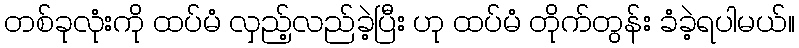
တစ်ခုလုံးကို ထပ်မံ လှည့်လည်ခဲ့ပြီး ဟု ထပ်မံ တိုက်တွန်း ခံခဲ့ရပါမယ်။